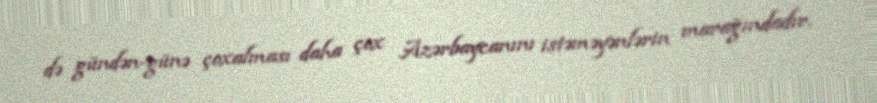
də gündən-günə çoxalması daha çox Azərbaycanını istəməyənlərin marağındadır.